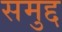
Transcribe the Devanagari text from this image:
समुद्द